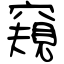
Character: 窺